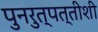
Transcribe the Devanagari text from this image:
पुनरुत्पत्तीशी